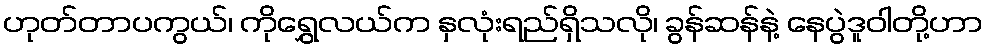
ဟုတ်တာပကွယ်၊ ကိုရွှေလယ်က နှလုံးရည်ရှိသလို၊ ခွန်ဆန်နဲ့ နေပွဲဒူဝါတို့ဟာ